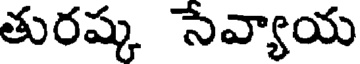
తురష్క సేవ్యాయ